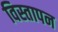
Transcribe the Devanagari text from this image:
विस्तापन